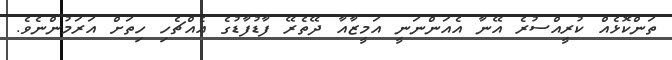
ތަންކޮޅެއް ކުރީއްސުރެ އޭނާ އެއަންނަނީ އަމީޒާއާ ދޭތެރޭ ފާޑުފާޑުގެ އެއްޗެހި ހިތަށް އަރަމުންނެވެ.